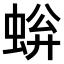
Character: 𫊿